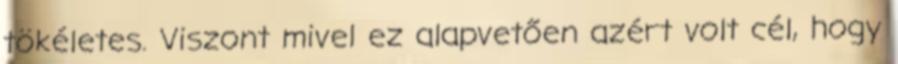
tökéletes. Viszont mivel ez alapvetően azért volt cél, hogy